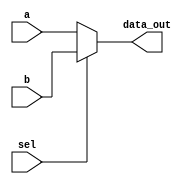
module Mux2way5(data_out, a, b, sel);

	output reg[4:0] data_out; 
	input wire[4:0] a, b;
	input wire sel;
	wire not_sel, w1, w2, w3, w4; // w1 = a.b; w2 = b.sel; w3 = a.not_sel; w4 = w1 + w2

	always@(a or b or sel)
	begin
		if(sel)
			data_out = b;
		else
			data_out = a;
	end

endmodule